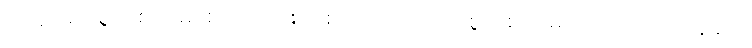
၁၉၄၈ မှာ စွယ်စုံကျမ်း စထုတ်ဖို့ စဉ်းစားတော့ ပြည်ပစွယ်စုံကျမ်းတစောင်ကို ပြန်ဆိုဖို့